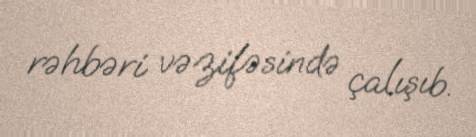
rəhbəri vəzifəsində çalışıb.